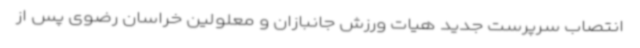
انتصاب سرپرست جدید هیات ورزش جانبازان و معلولین خراسان رضوی پس از